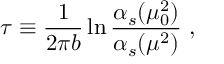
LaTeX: \tau \equiv \frac { 1 } { 2 \pi b } \ln \frac { \alpha _ { s } ( \mu _ { 0 } ^ { 2 } ) } { \alpha _ { s } ( \mu ^ { 2 } ) } \ ,